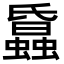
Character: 𧓢